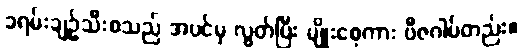
ခရမ်းချဉ်သီးစသည် အပင်မှ လွတ်ပြီး မျိုးစေ့ကား ဗီဇဂါမ်တည်း။